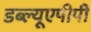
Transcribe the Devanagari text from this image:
डब्ल्यूएपीपी